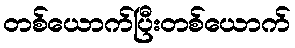
တစ်ယောက်ပြီးတစ်ယောက်